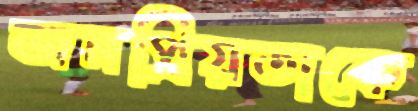
জনপ্রিয়তাকে